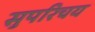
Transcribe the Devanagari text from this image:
सुपरिचय